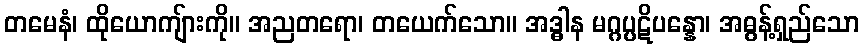
တမေနံ၊ ထိုယောကျ်ားကို။ အညတရော၊ တယေက်သော။ အဒ္ဓါန မဂ္ဂပ္ပဋိပန္နော၊ အဓွန့်ရှည်သော